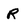
Character: R